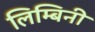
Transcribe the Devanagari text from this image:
लिम्बिनी